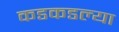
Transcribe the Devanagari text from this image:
कडकडल्या